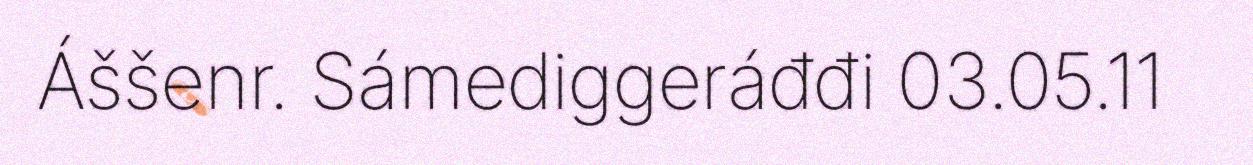
Áššenr. Sámediggeráđđi 03.05.11